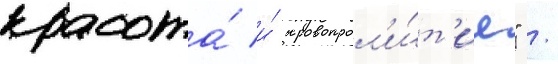
красота́ и́ кровопрол'и́т'ие" /